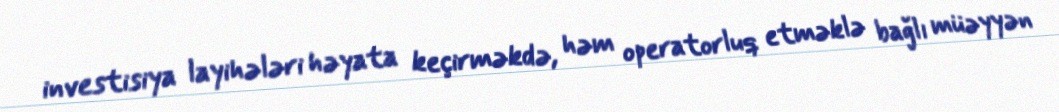
investisiya layihələri həyata keçirməkdə, həm operatorluq etməklə bağlı müəyyən